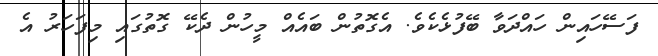
ފަސޭހައިން ހައްދަވާ ބޭފުޅެކެވެ. އެގޮތުން ބައެއް މީހުން ދެކޭ ގޮތުގައި މިފަހަރު އެ